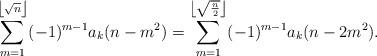
LaTeX: \begin{align*}\sum _{m=1}^{\left\lfloor \sqrt{n}\right\rfloor } (-1)^{m-1}a_k(n-m^2) = \sum _{m=1}^{\left\lfloor \sqrt{\frac{n}{2}}\right\rfloor } (-1)^{m-1}a_k(n-2m^2).\end{align*}